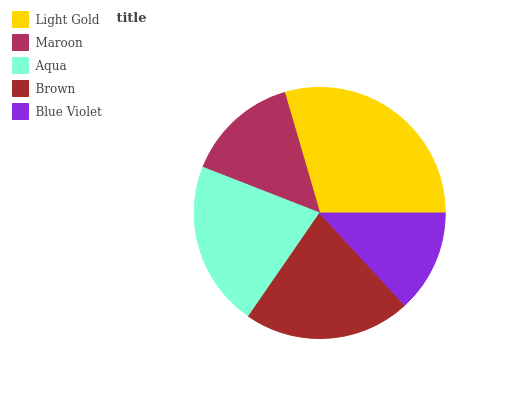
| Light Gold | Maroon | Aqua | Brown | Blue Violet |
 | --- | --- | --- | --- | --- |
 | 29.4% | 14.6% | 21.3% | 21.5% | 13.2% |